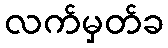
လက်မှတ်ခ